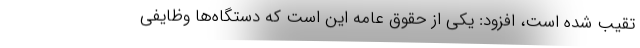
تقیب شده است، افزود: یکی از حقوق عامه این است که دستگاه‌ها وظایفی